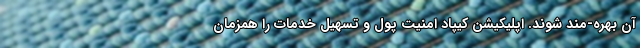
آن بهره-مند شوند. اپلیکیشن کیپاد امنیت پول و تسهیل خدمات را همزمان